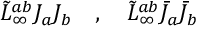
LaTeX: \tilde { L } _ { \infty } ^ { a b } J _ { a } J _ { b } \quad , \quad \tilde { L } _ { \infty } ^ { a b } \bar { J } _ { a } \bar { J } _ { b }